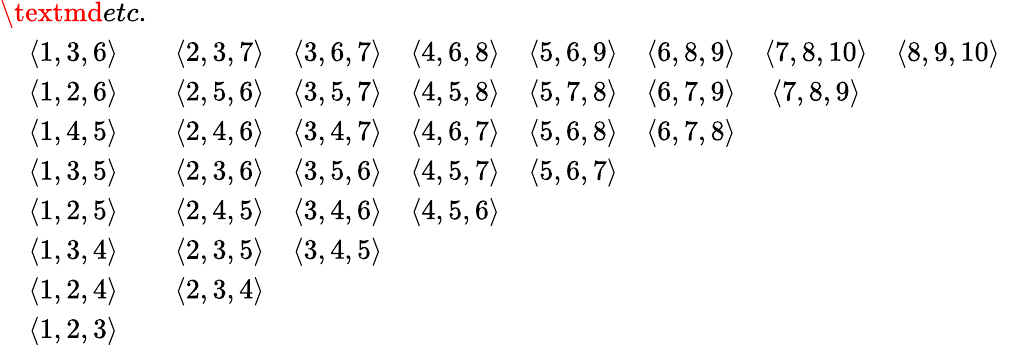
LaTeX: \begin{array}{ccccccccc}{\textmd{etc.}}&&&&&&&&\\ {\langle 1,3,6\rangle}&{\langle 2,3,7\rangle}&{\langle 3,6,7\rangle}&{\langle 4,6,8\rangle}&{\langle 5,6,9\rangle}&{\langle 6,8,9\rangle}&{\langle 7,8,10\rangle}&{\langle 8,9,10\rangle}&\\ {\langle 1,2,6\rangle}&{\langle 2,5,6\rangle}&{\langle 3,5,7\rangle}&{\langle 4,5,8\rangle}&{\langle 5,7,8\rangle}&{\langle 6,7,9\rangle}&{\langle 7,8,9\rangle}&&\\ {\langle 1,4,5\rangle}&{\langle 2,4,6\rangle}&{\langle 3,4,7\rangle}&{\langle 4,6,7\rangle}&{\langle 5,6,8\rangle}&{\langle 6,7,8\rangle}&&&\\ {\langle 1,3,5\rangle}&{\langle 2,3,6\rangle}&{\langle 3,5,6\rangle}&{\langle 4,5,7\rangle}&{\langle 5,6,7\rangle}&&&&\\ {\langle 1,2,5\rangle}&{\langle 2,4,5\rangle}&{\langle 3,4,6\rangle}&{\langle 4,5,6\rangle}&&&&&\\ {\langle 1,3,4\rangle}&{\langle 2,3,5\rangle}&{\langle 3,4,5\rangle}&&&&&&\\ {\langle 1,2,4\rangle}&{\langle 2,3,4\rangle}&&&&&&&\\ {\langle 1,2,3\rangle}&&&&&&&&\end{array}